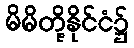
မိမိတို့နိုင်ငံ၌